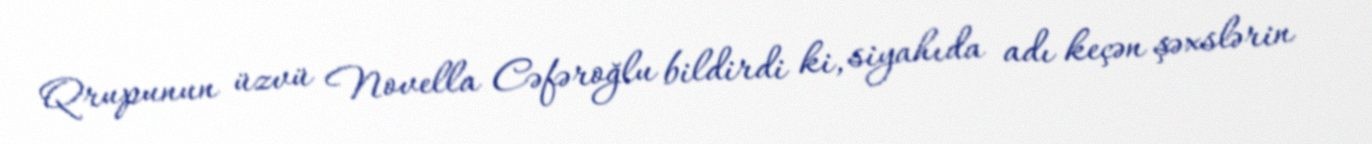
Qrupunun üzvü Novella Cəfəroğlu bildirdi ki, siyahıda adı keçən şəxslərin